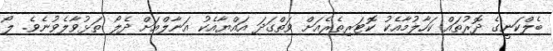
ބެލްކަނީގެ ދޮރުތައް ކަހާލުމާއެކު ކޮޓަރިތެރެއަށް ވަތްގަދަ އައްޔާއެކު އަނާލްއަށް ދެލޯ ތަޅުވާލެވުނެވެ. ލޯ